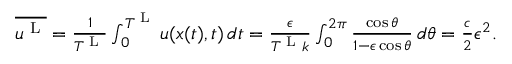
\begin{array} { r } { \overline { { u ^ { \textnormal { L } } } } = \frac { 1 } { T ^ { \textnormal { L } } } \int _ { 0 } ^ { T ^ { \textnormal { L } } } u ( x ( t ) , t ) \, d t = \frac { \epsilon } { T ^ { \textnormal { L } } k } \int _ { 0 } ^ { 2 \pi } \frac { \cos \theta } { 1 - \epsilon \cos \theta } \, d \theta = \frac { c } { 2 } \epsilon ^ { 2 } . } \end{array}